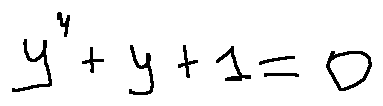
y ^ { 4 } + y + 1 = 0